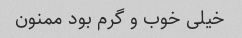
خیلی خوب و گرم بود ممنون